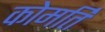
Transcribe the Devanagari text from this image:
कोमर्ति